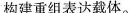
构建重组表达载体。